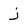
Character: j